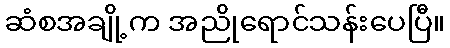
ဆံစအချို့က အညိုရောင်သန်းပေပြီ။